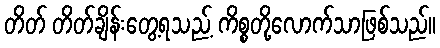
တိတ် တိတ်ချိန်းတွေ့ရသည့် ကိစ္စတို့လောက်သာဖြစ်သည်။